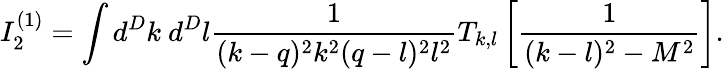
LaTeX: I_{2}^{(1)}=\int d^{D}k~d^{D}l\frac{1}{(k-q)^{2}k^{2}(q-l)^{2}l^{2}}T_{k,l}\left[\frac{1}{(k-l)^{2}-M^{2}}\right].